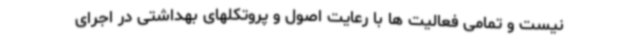
نیست و تمامی فعالیت ها با رعایت اصول و پروتکلهای بهداشتی در اجرای